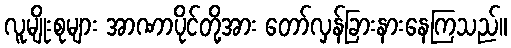
လူမျိုးစုများ အာဏာပိုင်တို့အား တော်လှန်ခြားနားနေကြသည်။